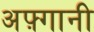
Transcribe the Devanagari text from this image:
अफ़्गानी